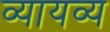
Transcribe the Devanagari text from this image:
व्यायव्य